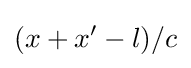
(x+x'-l)/c